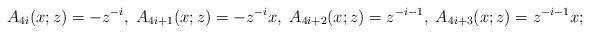
LaTeX: \begin{align*}A_{4i}(x;z)=-z^{-i},\;A_{4i+1}(x;z)=-z^{-i}x,\;A_{4i+2}(x;z)=z^{-i-1},\;A_{4i+3}(x;z)=z^{-i-1}x;\end{align*}